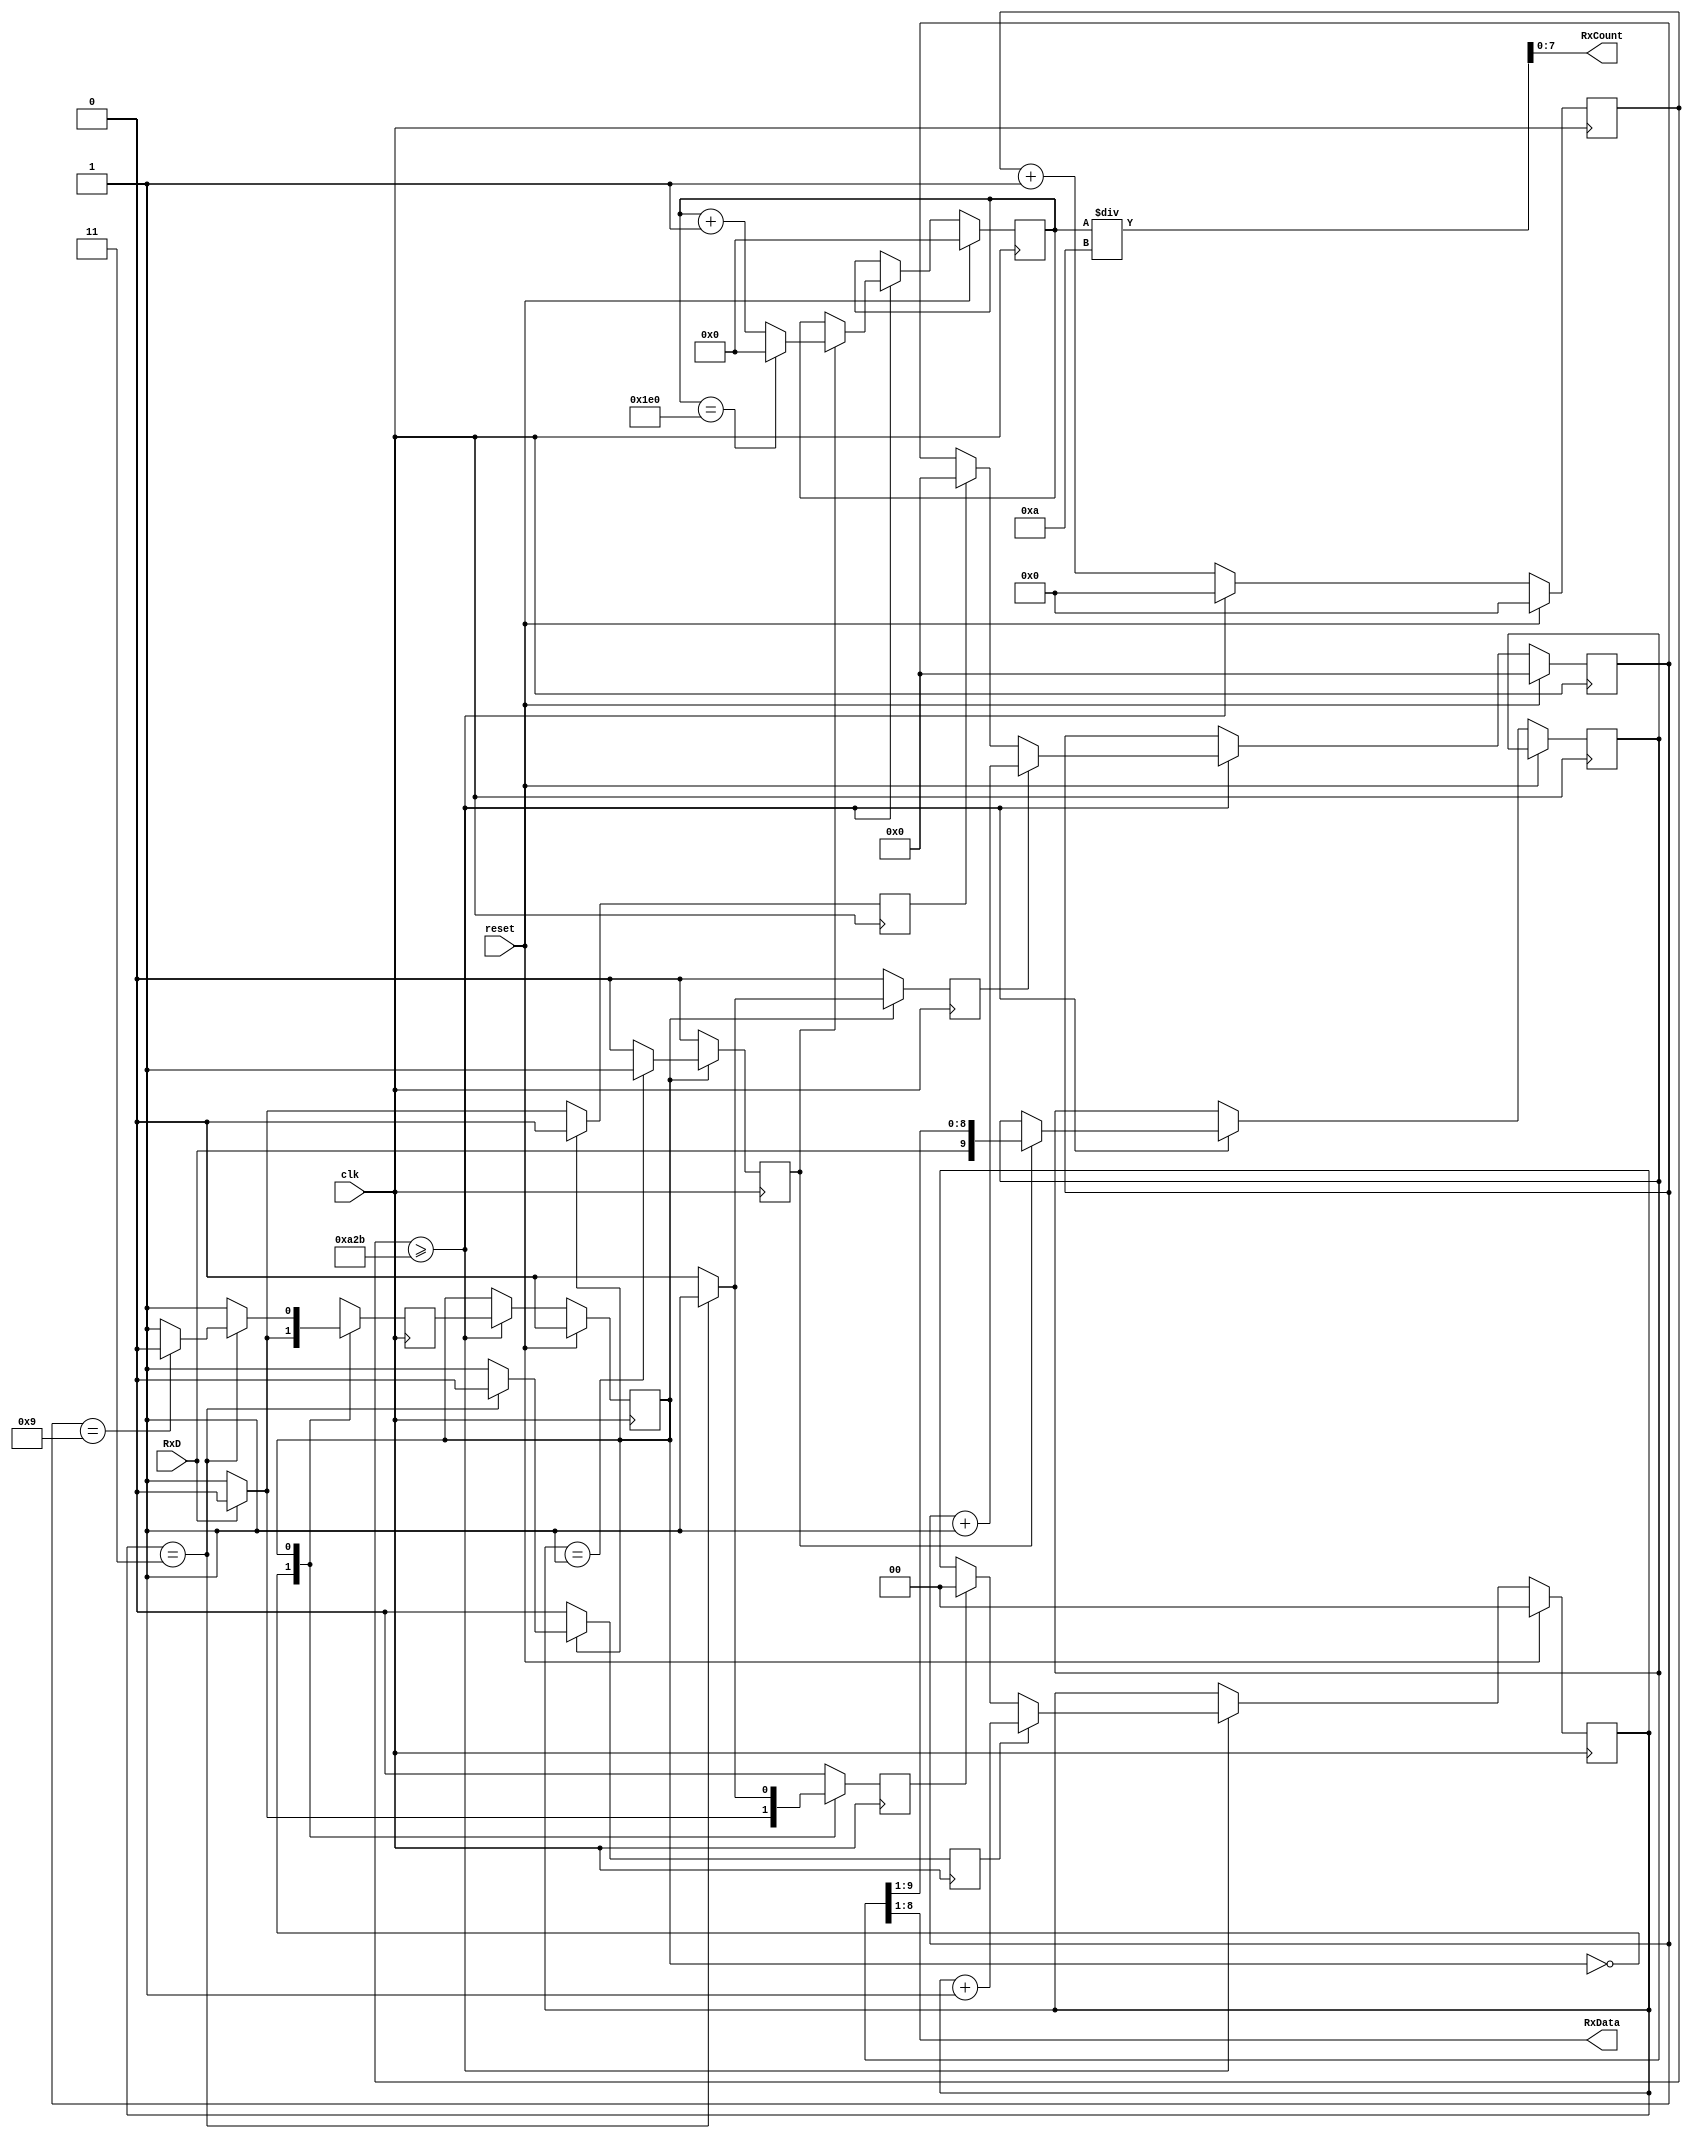
`timescale 1ns / 1ps

module Receiver(

input clk, //100100MHz FPGA Basys 3 Board Clock
input reset, //reset button
input RxD, //input signal wire
output [7:0] RxData, //data that we receive at the receiving end, using 8 right most leds on the basys 3 board
output [7:0] RxCount
);
    
//Internal Variables
reg shift; //triggering the shifting of data.
reg state, nextstate; //initial state abd next variable state
reg [3:0] bit_counter; //total length of the bits is 10, 1 byte of data
reg [1:0] sample_counter; //frequency = 4 times the BR
reg [13:0] baudrate_counter; //for setting up a BR of 9600
reg [9:0] rxshift_reg; //data byte (10 bits) [8:1] --> data byte
reg clear_bitcounter,inc_bitcounter,inc_samplecounter,clear_samplecounter; //to clear and increment the bit counter and sample counter
reg [11:0] count;
// Constants
parameter clk_freq = 100_000_000; 
parameter baud_rate = 9600; 
parameter div_sample = 4;
parameter div_counter = clk_freq/(baud_rate*div_sample);  //this is the frequency we have to divide the system clock frequency to get a frequency (div_sample) time higher than the baudrate
parameter mid_sample = (div_sample/2);  //this is the middle point of a bit where you want to sample the data
parameter div_bit = 10; //1 start, 1 stop, 8 buts of data


assign RxData = rxshift_reg [8:1]; //assigning the RxData from the shift register
assign RxCount = count/10;
//UART //Receiver Logic
always @ (posedge clk)
    begin 
        if (reset)begin //if reset button is pressed, all counters are rset
            state <=0; //idle
            bit_counter <=0;
            baudrate_counter <=0; 
            sample_counter <=0;
            count <= 0; 
        end else begin 
            baudrate_counter <= baudrate_counter +1; 
            if (baudrate_counter >= div_counter-1) begin //if the counter reach the BR with sampling
                baudrate_counter <=0; //reset counter
                state <= nextstate; //it should be ready to receive the data/switch to receiving state
                if (shift) begin 
                    count <= count + 1; 
                    if (count == 480) count <= 0;
                    rxshift_reg <= {RxD,rxshift_reg[9:1]}; //if shift is asserted , then load the receiving data
                end
                if (clear_samplecounter) begin 
                    sample_counter <=0; //if clear asserted, then reset the sample counter
                    
                end
                if (inc_samplecounter) sample_counter <= sample_counter +1; //if inc_samplecounter is asserted, increment by 1
                if (clear_bitcounter) bit_counter <=0; //if clear_bitcounter, it should rset itself
                if (inc_bitcounter)bit_counter <= bit_counter +1; //bitcounter goes up by 1.
            end
        end
    end
   
//State Machine

always @ (posedge clk) //trigger by clock
begin 
    shift <= 0; //set shift to 0 to avoid any shifting, this is an idle state
    clear_samplecounter <=0; 
    inc_samplecounter <=0; 
    clear_bitcounter <=0; 
    inc_bitcounter <=0; 
    nextstate <=0; //idle state
    case (state)
        0: begin //Idle State
            if (RxD) //if input RxD line is asserted
              begin
              nextstate <=0; //stay in the idle state, RxD needs to be low to start the transmission
              end
            else begin 
                nextstate <=1; //receiving state
                clear_bitcounter <=1; //trigger ti clear the bitcounter
                clear_samplecounter <=1; //triggerto clear the sample counter.
            end
        end
        1: begin // Receiving State
            nextstate <= 1; // DEFAULT 
            if (sample_counter== mid_sample - 1) shift <= 1; //if the sample counter is 1, trigger shit
                if (sample_counter== div_sample - 1) begin //if the sample counter us 3 as the sample rate used is 4
                    if (bit_counter == div_bit - 1) begin //chec k if the bit counter is9 or not (0-9)
                    nextstate <= 0; //idle state
                end 
                inc_bitcounter <=1; //trigger the increment bit counter if bit count is not 9,
                clear_samplecounter <=1; //trigger the sample counter to reset the sample counter
            end else inc_samplecounter <=1; //if the sample counter is not 4, or not equal to 3 (0-3)
        end
       default: nextstate <=0; //idle state
     endcase
end         
endmodule